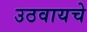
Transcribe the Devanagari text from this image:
उठवायचे